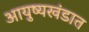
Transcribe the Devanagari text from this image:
आयुष्यखंडात